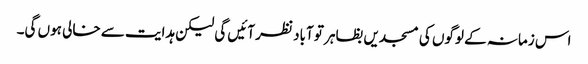
اس زمانہ کے لوگوں کی مسجدیں بظاہر تو آباد نظر آئیں گی لیکن ہدایت سے خالی ہوں گی۔